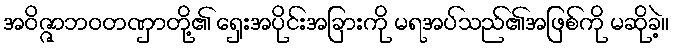
အဝိဇ္ဇာဘဝတဏှာတို့၏ ရှေးအပိုင်းအခြားကို မရအပ်သည်၏အဖြစ်ကို မဆိုခဲ့။